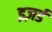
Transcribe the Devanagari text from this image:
इज़र्ड